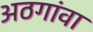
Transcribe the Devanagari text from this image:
अठगांवा